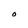
Character: o